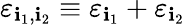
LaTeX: \varepsilon_{\mathbf{i}_{1},\mathbf{i}_{2}}\equiv\varepsilon_{\mathbf{i}_{1}}+\varepsilon_{\mathbf{i}_{2}}